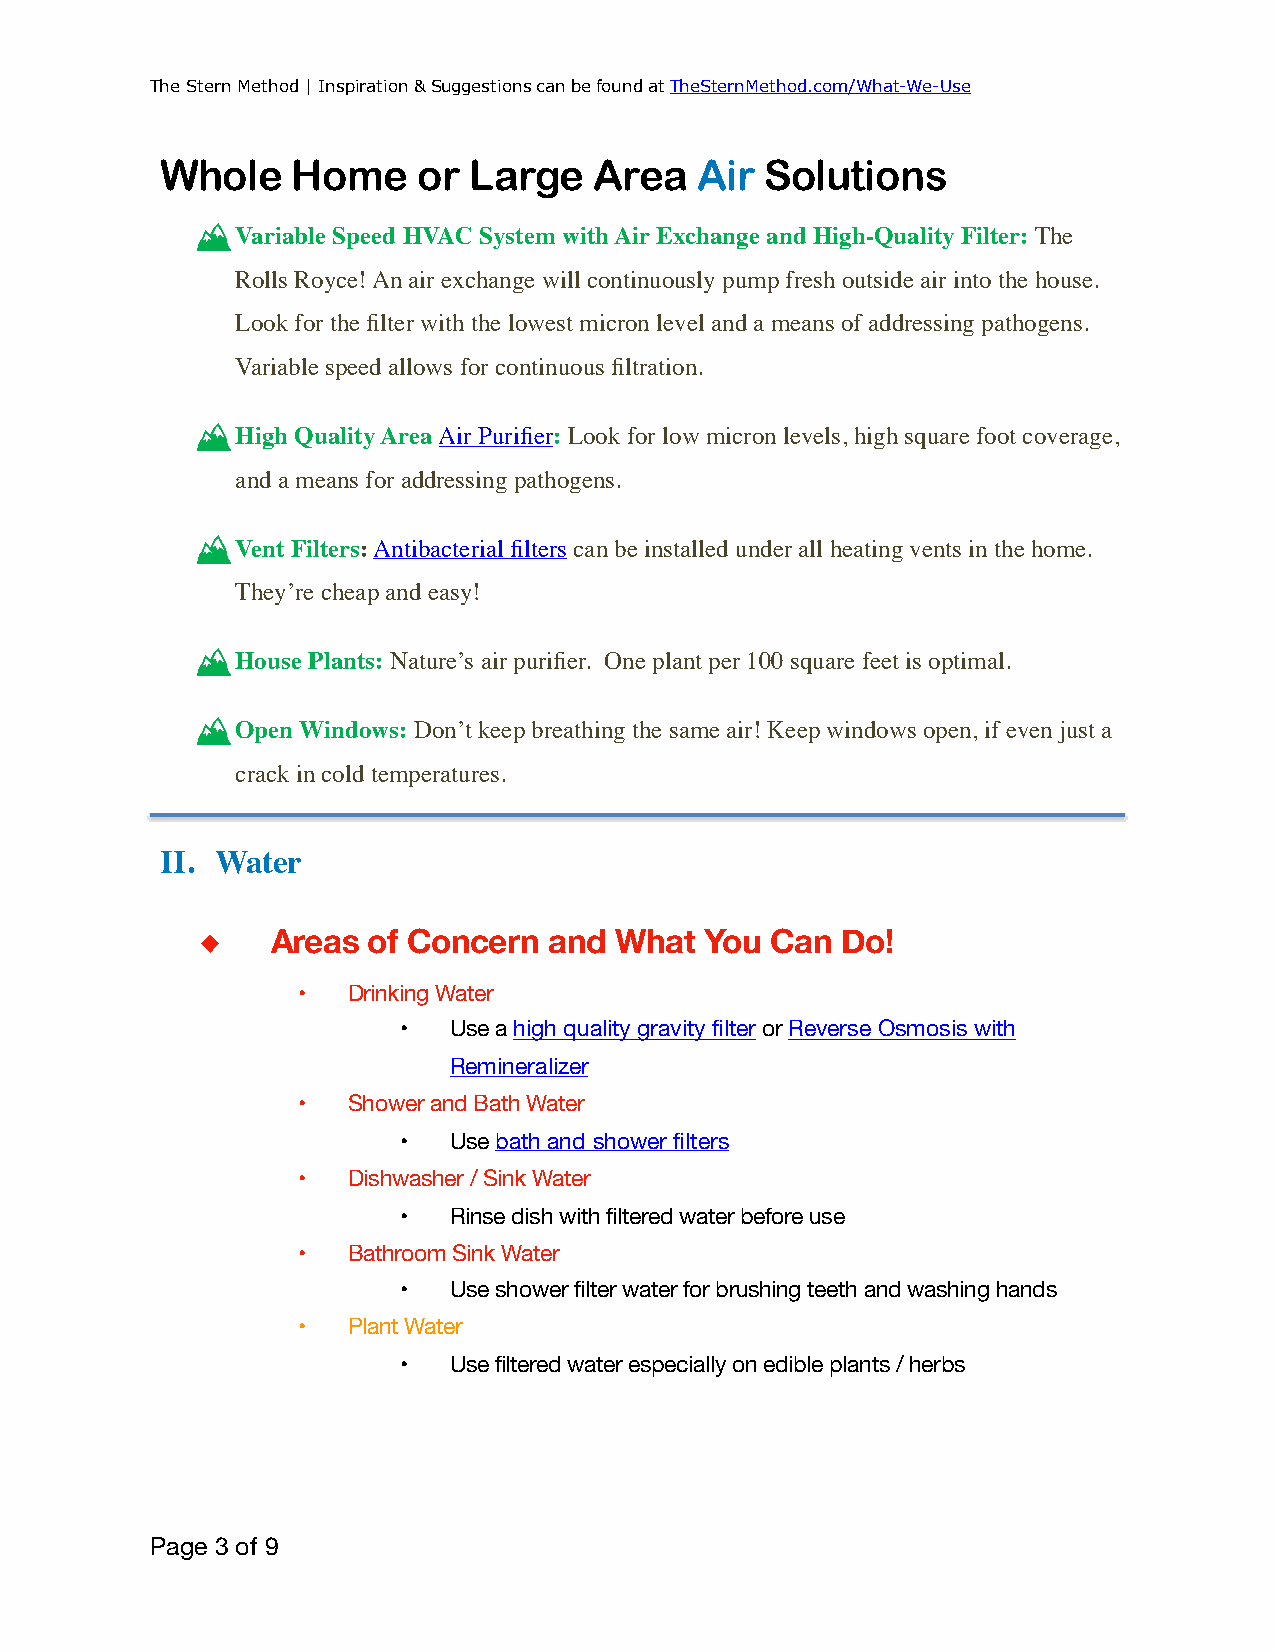
The Stern Method | Inspiration & Suggestions can be found at TheSternMethod.com/What-We-Use
 Whole   Home     or Large   Area   Air  Solutions
 Variable Speed HVAC System with Air Exchange and High-Quality Filter: The
 Rolls Royce! An air exchange will continuously pump fresh outside air into the house.
 Look for the filter with the lowest micron level and a means of addressing pathogens.
 Variable speed allows for continuous filtration.
 High Quality Area Air Purifier: Look for low micron levels, high square foot coverage,
 and a means for addressing pathogens.
 Vent Filters: Antibacterial filters can be installed under all heating vents in the home.
 They’re cheap and easy!
 House Plants: Nature’s air purifier. One plant per 100 square feet is optimal.
 Open Windows: Don’t keep breathing the same air! Keep windows open, if even just a
 crack in cold temperatures.
 II. Water
 ◆    Areas of Concern  and  What  You Can  Do!
 •  Drinking Water
 •   Use a high quality gravity filter or Reverse Osmosis with
 Remineralizer
 •  Shower and Bath Water
 •   Use bath and shower filters
 •  Dishwasher / Sink Water
 •   Rinse dish with filtered water before use
 •  Bathroom Sink Water
 •   Use shower filter water for brushing teeth and washing hands
 •  Plant Water
 •   Use filtered water especially on edible plants / herbs
 Page 3 of 9